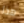
هذا